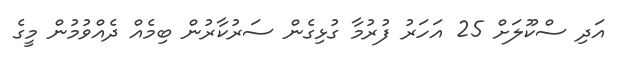
އަދި ސްކޫލަށް 25 އަހަރު ފުރުމާ ގުޅިގެން ސަރުކާރުން ބިމެއް ދެއްވުމުން މީގެ